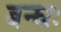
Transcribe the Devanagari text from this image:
बन्धः